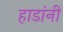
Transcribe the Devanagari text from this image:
हाडांनी